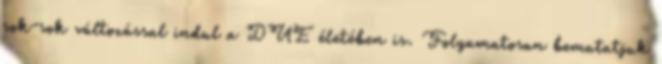
sok-sok változással indul a DUE életében is. Folyamatosan bemutatjuk